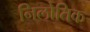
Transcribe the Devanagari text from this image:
निलोतिक